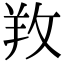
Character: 䍩